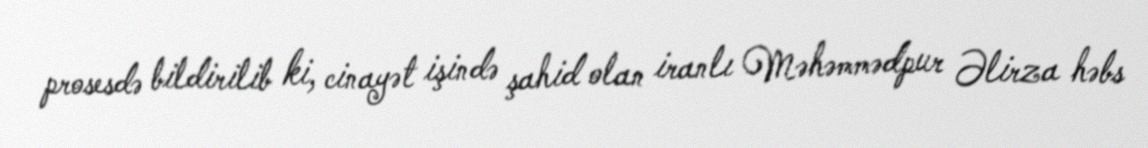
prosesdə bildirilib ki, cinayət işində şahid olan iranlı Məhəmmədpur Əlirza həbs